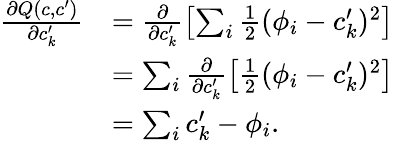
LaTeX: \begin{array}{rl}{\frac{\partial Q(c,c^{\prime})}{\partial c_{k}^{\prime}}}&{=\frac{\partial}{\partial c_{k}^{\prime}}\left[\sum_{i}\frac{1}{2}(\phi_{i}-c_{k}^{\prime})^{2}\right]}\\ &{=\sum_{i}\frac{\partial}{\partial c_{k}^{\prime}}\left[\frac{1}{2}(\phi_{i}-c_{k}^{\prime})^{2}\right]}\\ &{=\sum_{i}c_{k}^{\prime}-\phi_{i}.}\end{array}